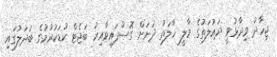
ޖިހާދު ވިދާޅުވީ ދައުލަތުގެ މާލީ ހާލަތު ދަށަށް ގޮސްފައިވާއިރު ބަޖެޓް ކުޑަކުރުމުގެ ބަދަލުގައި